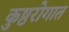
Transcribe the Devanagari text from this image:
कुष्ठरोगात